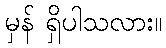
မှန် ရှိပါသလား။